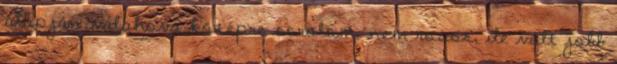
alapján valahova középre sorolom, nem rossz, de volt jobb